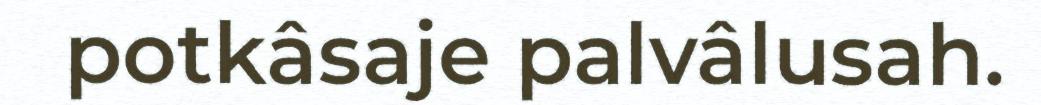
potkâsaje palvâlusah.